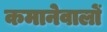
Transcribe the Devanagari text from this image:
कमानेवालों